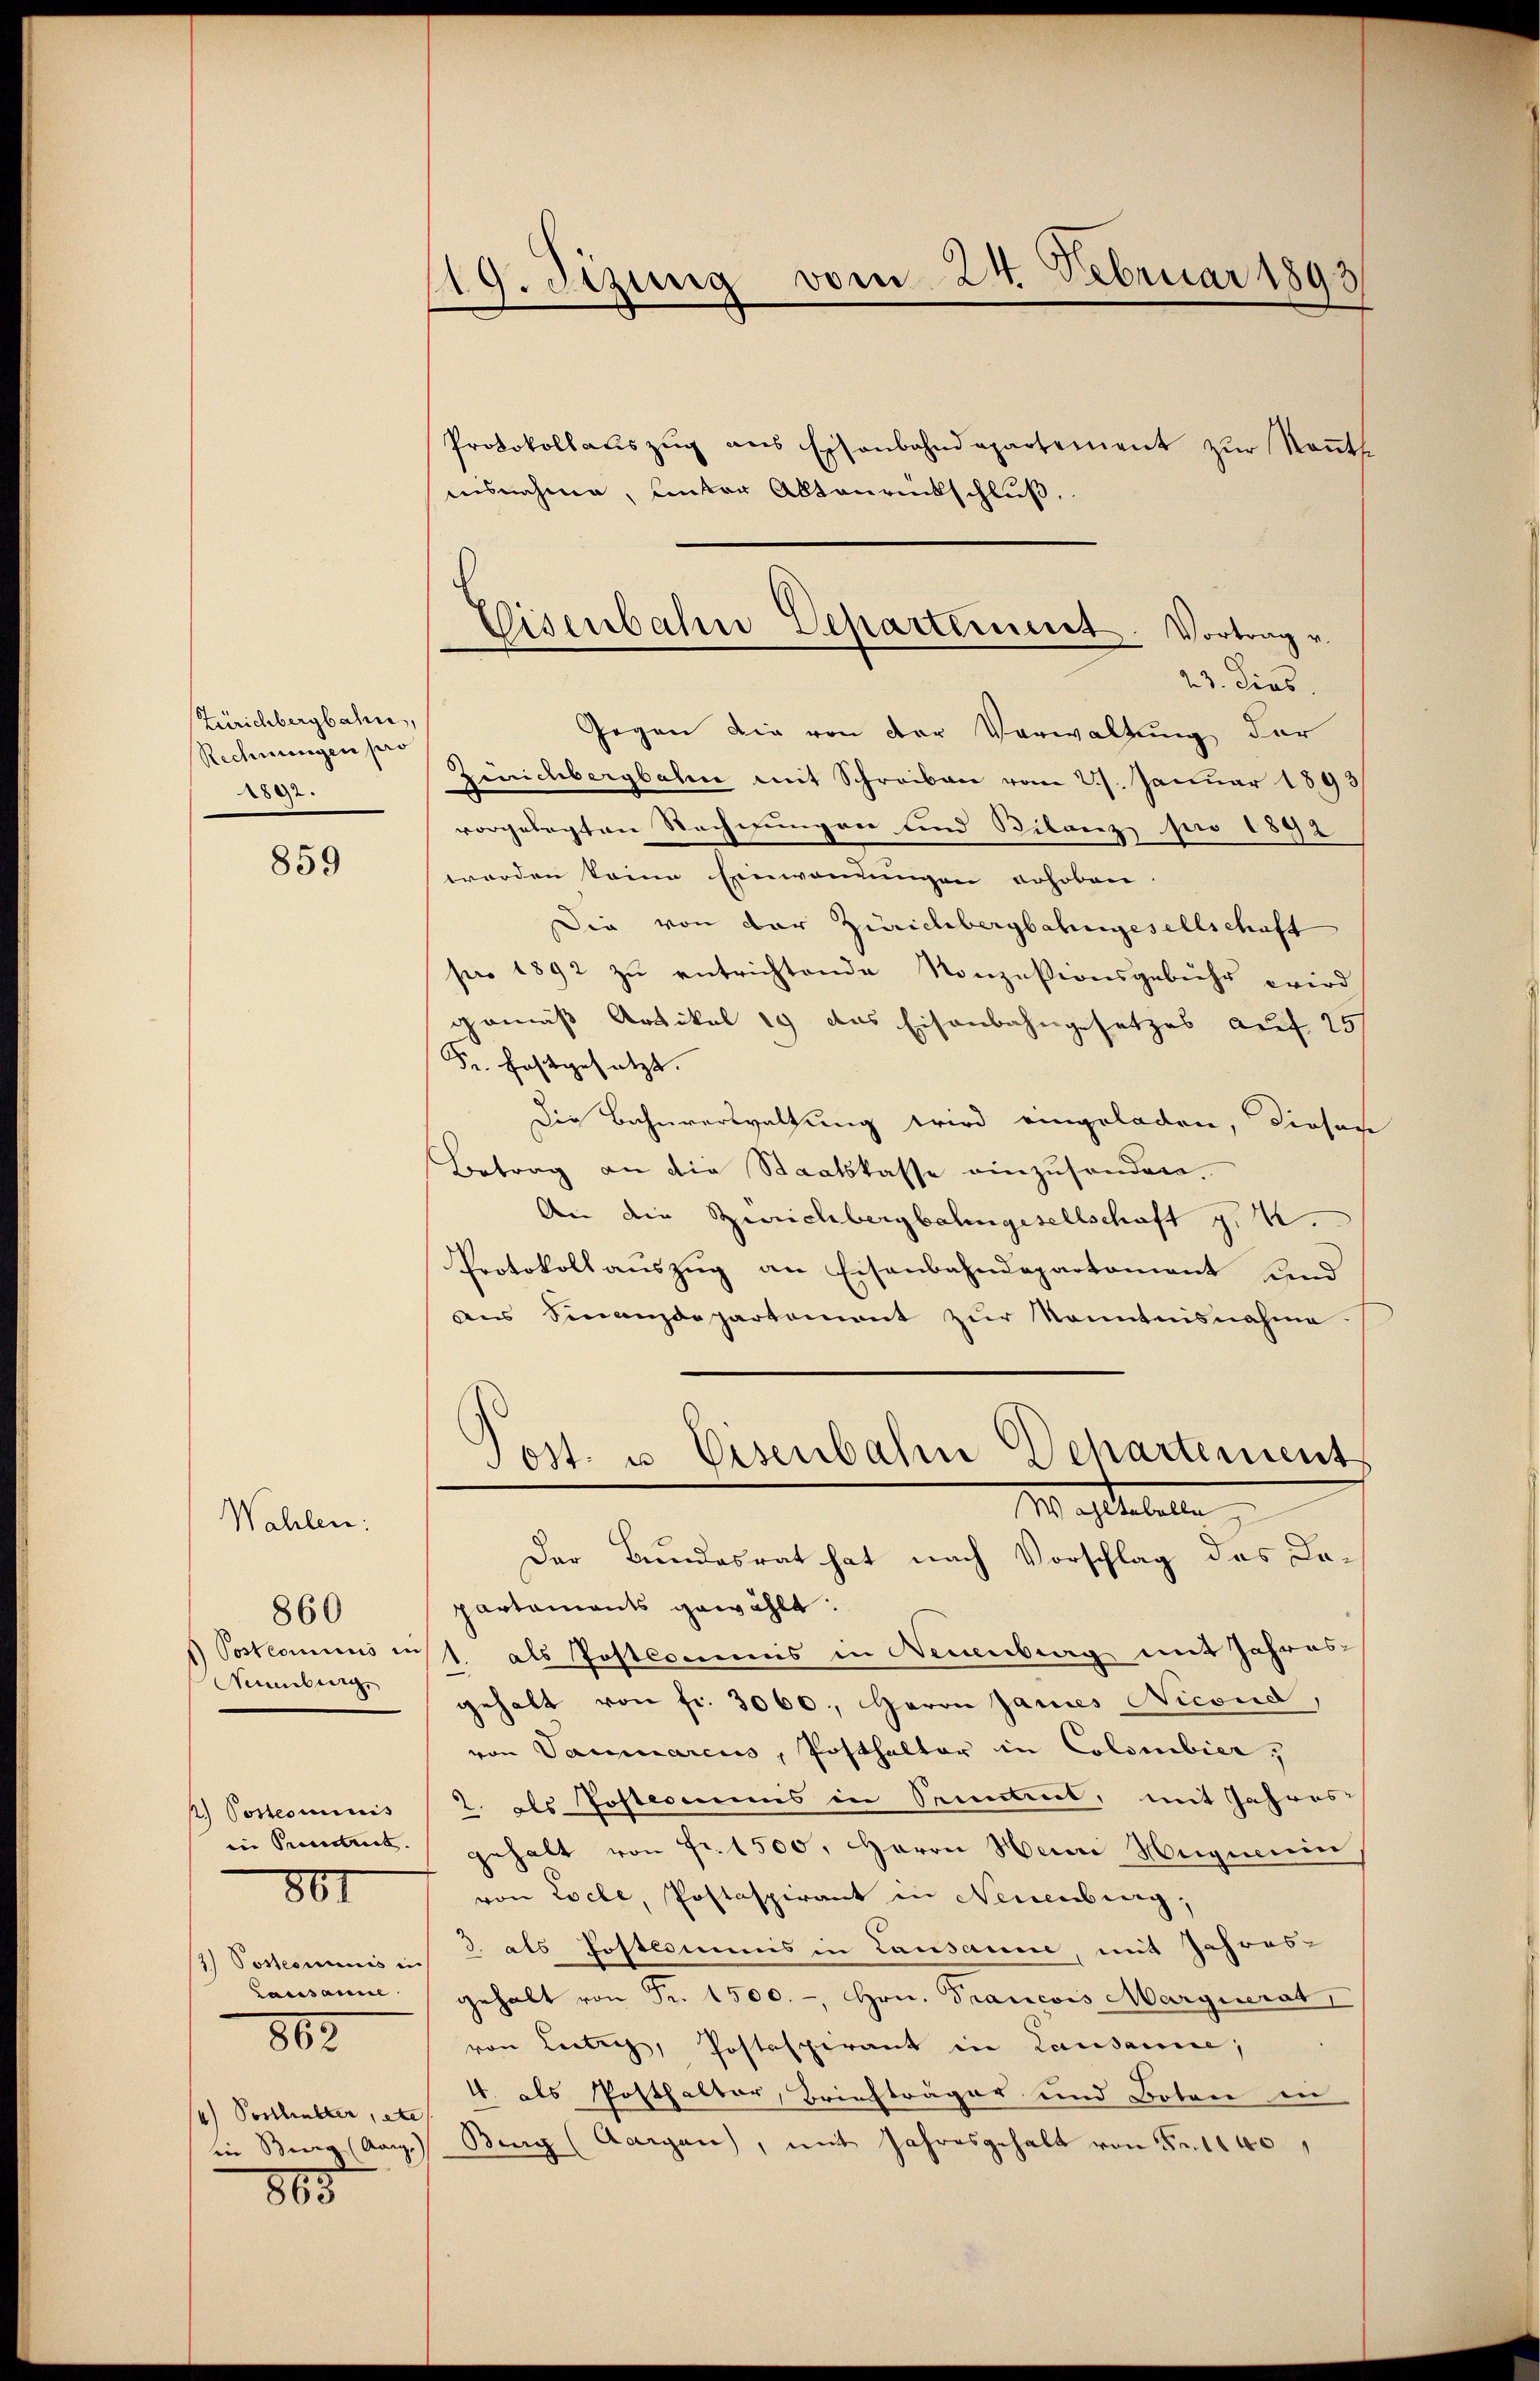
Zürichbergbahn,
Rechnungen pro
2892.

859

Neuenburg,

Wahlen:

860

12) Sostromnis in
Lausanne
802.

801

/4) Posthielter, etc
in Berg (Aar

865

119. Sizung vom 24. Februar 1893

Protokollaŭszŭg ans Eisenbahndepartement zŭr Kants.
aisnahme, unter Aktenrückschluß.
Gegen die von der Verwaltung der
Zürichbergbahn mit Schreiben vom 27. Januar 1893/
vorgelegten Rechnungen und Bilanz pro 1892
werden seine Einwendungen erhoben
Die von der Zürichbergbahngesellschaft
pr 1892 zu entrichtende Konzesionsgebühr wird
gemäß Artikel 19 das Eisenbahngesetzes auf 25f
Fr. festgesetzt.
Die Bahnverwaltung wird eingeladen, dieses
Betrag an die Staatskasse einzusenden.
An die Zürichbergbahngesellschaft g. 4.
Protokoll auszug an Eisenbahndepartement und
ves Sinanzdepartament zŭr Kenntnisnahme.
Post. u. Eisenbahre Behartement
M aestalteten
Der Bundesrat hat nach Vorschlag des Dopartaments gewählt:
) Postcommus ist als Postcommis in Neuenburg mit Jahresgehalt von fr. 3060., Herrn James Nicond,
von Vanmarciis, Posthalter in Colombier,
2.) Postcommis 2. als Postcomuns in Senntnis, mit Jahres-
in Procedtrict gehalt von Fr. 1500. Herrn Henri Hegnerin
von Loche, Postaspirant in Neuenburg,
2 als Postcommis in Lausanne, mit Jahres-
gehalt von Fr. 1500.-, Hrn. Francois Marguerat,
von Leiter, Postspirant in Lausanne,
4. als Posthalter, Briefträger und Boten in
g.) Berg (Aargau, mit Jahresgehalt von Fr. 1140

Eisenbahn Departement. Vortrag v
23. dies